Civil Veterinary Department. United Provinces 1912-22 - 1912-1922
Year: 1912
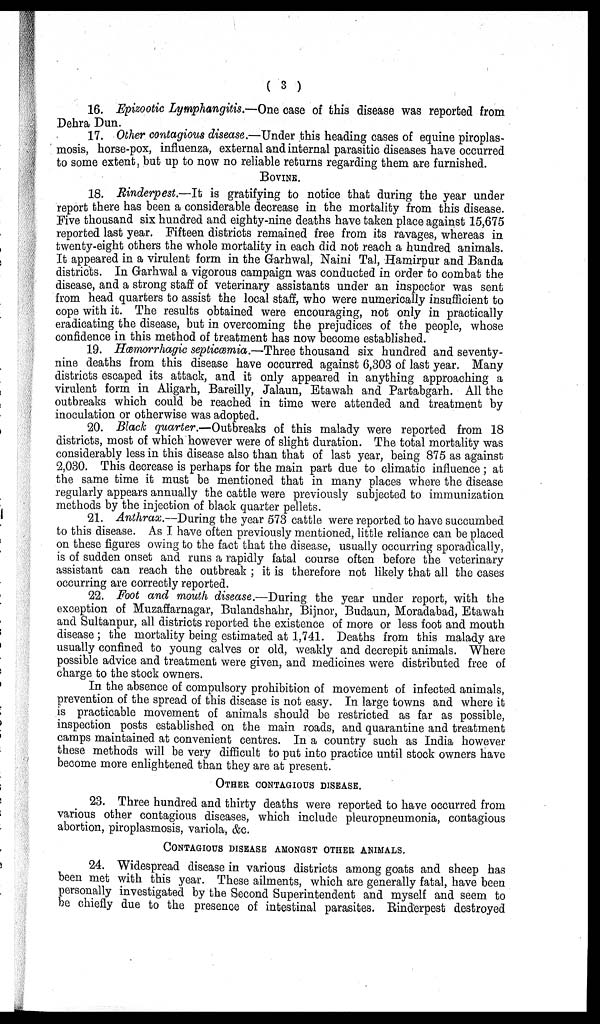
(3)
16. Epizootic Lymphangitis.—One case of this disease was reported from
Dehra Dun.
17. Other contagious disease.—Under this heading cases of equine piroplas-
mosis, horse-pox, influenza, external and internal parasitic diseases have occurred
to some extent, but up to now no reliable returns regarding them are furnished.
BOVINE.
18. Rinderpest.—It is gratifying to notice that during the year under
report there has been a considerable decrease in the mortality from this disease.
Five thousand six hundred and eighty-nine deaths have taken place against 15,675
reported last year. Fifteen districts remained free from its ravages, whereas in
twenty-eight others the whole mortality in each did not reach a hundred animals.
It appeared in a virulent form in the Garhwal, Naini Tal, Hamirpur and Banda
districts. In Garhwal a vigorous campaign was conducted in order to combat the
disease, and a strong staff of veterinary assistants under an inspector was sent
from head quarters to assist the local staff, who were numerically insufficient to
cope with it. The results obtained were encouraging, not only in practically
eradicating the disease, but in overcoming the prejudices of the people, whose
confidence in this method of treatment has now become established.
19. Hæmorrhagic septicæmia.—Three thousand six hundred and seventy-
nine deaths from this disease have occurred against 6,303 of last year. Many
districts escaped its attack, and it only appeared in anything approaching a
virulent form in Aligarh, Bareilly, Jalaun, Etawah and Partabgarh. All the
outbreaks which could be reached in time were attended and treatment by
inoculation or otherwise was adopted.
20. Black quarter.—Outbreaks of this malady were reported from 18
districts, most of which however were of slight duration. The total mortality was
considerably less in this disease also than that of last year, being 875 as against
2,030. This decrease is perhaps for the main part due to climatic influence; at
the same time it must be mentioned that in many places where the disease
regularly appears annually the cattle were previously subjected to immunization
methods by the injection of black quarter pellets.
21. Anthrax.—During the year 573 cattle were reported to have succumbed
to this disease. As I have often previously mentioned, little reliance can be placed
on these figures owing to the fact that the disease, usually occurring sporadically,
is of sudden onset and runs a rapidly fatal course often before the veterinary
assistant can reach the outbreak; it is therefore not likely that all the cases
occurring are correctly reported.
22. Foot and mouth disease.—During the year under report, with the
exception of Muzaffarnagar, Bulandshahr, Bijnor, Budaun, Moradabad, Etawah
and Sultanpur, all districts reported the existence of more or less foot and mouth
disease; the mortality being estimated at 1,741. Deaths from this malady are
usually confined to young calves or old, weakly and decrepit animals. Where
possible advice and treatment were given, and medicines were distributed free of
charge to the stock owners.
In the absence of compulsory prohibition of movement of infected animals,
prevention of the spread of this disease is not easy. In large towns and where it
is practicable movement of animals should be restricted as far as possible,
inspection posts established on the main roads, and quarantine and treatment
camps maintained at convenient centres. In a country such as India however
these methods will be very difficult to put into practice until stock owners have
become more enlightened than they are at present.
OTHER COTAGIOUS DISEASE.
23. Three hundred and thirty deaths were reported to have occurred from
various other contagious diseases, which include pleuropneumonia, contagious
abortion, piroplasmosis, variola, &c.
CONTAGIOUS DISEASE AMONST OTHER ANIMALS.
24. Widespread disease in various districts among goats and sheep has
been met with this year. These ailments, which are generally fatal, have been
personally investigated by the Second Superintendent and myself and seem to
be chiefly due to the presence of intestinal parasites. Rinderpest destroyed